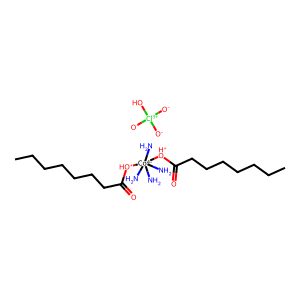
SMILES: CCCCCCCC(=O)[OH+][Co-4](N)(N)(N)(N)[OH+]C(=O)CCCCCCC.[O-][Cl+3]([O-])([O-])O
Inhibits HIV replication: No